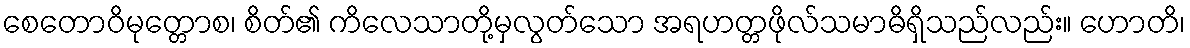
စေတောဝိမုတ္တောစ၊ စိတ်၏ ကိလေသာတို့မှလွတ်သော အရဟတ္တဖိုလ်သမာဓိရှိသည်လည်း။ ဟောတိ၊